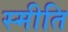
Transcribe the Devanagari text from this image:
स्मीति